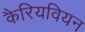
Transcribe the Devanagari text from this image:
कैरियवियन